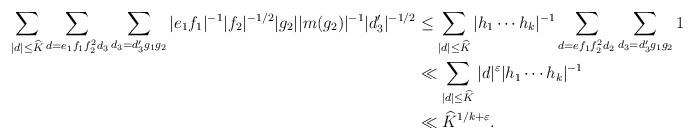
LaTeX: \begin{align*} \sum_{|d|\leq \widehat{K}}\sum_{d=e_1f_1f_2^2d_3}\sum_{d_3=d_3'g_1g_2}|e_1f_1|^{-1}|f_2|^{-1/2}|g_2||m(g_2)|^{-1}|d_3'|^{-1/2} & \leq \sum_{|d|\leq \widehat{K}}|h_1\cdots h_k|^{-1}\sum_{d=ef_1f_2^2d_2}\sum_{d_3=d_3'g_1g_2}1\\ &\ll \sum_{|d|\leq \widehat{K}}|d|^\varepsilon |h_1\cdots h_k|^{-1}\\ &\ll \widehat{K}^{1/k+\varepsilon}.\end{align*}